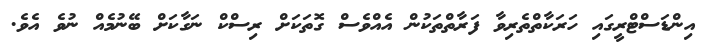
އިންޑަސްޓްރީގައި ހަރަކާތްތެރިވާ ފަރާތްތަކުން އެއްވެސް ގޮތަކަށް ރިސްކް ނަގާކަށް ބޭނުމެއް ނުވެ އެވެ.